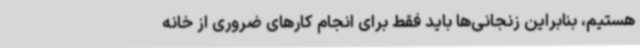
هستیم، بنابراین زنجانی‌ها باید فقط برای انجام کارهای ضروری از خانه